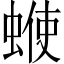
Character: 𧍇